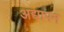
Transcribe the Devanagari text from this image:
अद्यापन